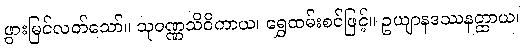
ဖွားမြင်လတ်သော်။ သုဝဏ္ဏသိဝိကာယ၊ ရွှေထမ်းစင်ဖြင့်။ ဥယျာနဒဿနတ္ထာယ၊